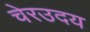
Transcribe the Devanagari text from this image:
चेरउदय